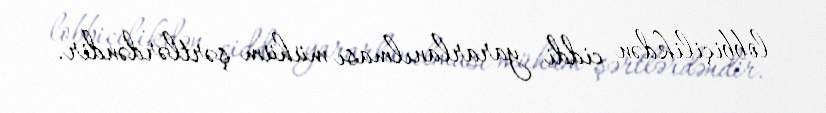
lobbiçilikdən ciddi yararlanılması mühüm şərtlərdəndir.